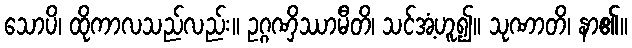
သောပိ၊ ထိုကာလသည်လည်း။ ဥဂ္ဂဏှိဿာမီတိ၊ သင်အံ့ဟူ၍။ သုဏာတိ၊ နာ၏။